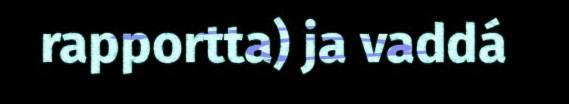
rapportta) ja vaddá